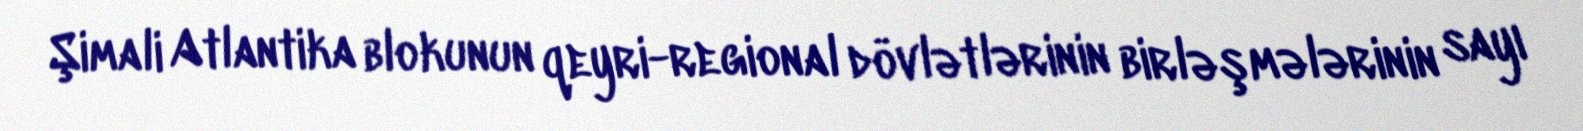
Şimali Atlantika blokunun qeyri-regional dövlətlərinin birləşmələrinin sayı